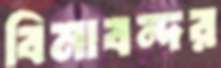
বিমাবন্দর